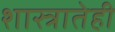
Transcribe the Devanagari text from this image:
शास्त्रातेही